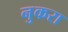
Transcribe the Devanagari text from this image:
नुकरा